画像に写った文字を読んでください
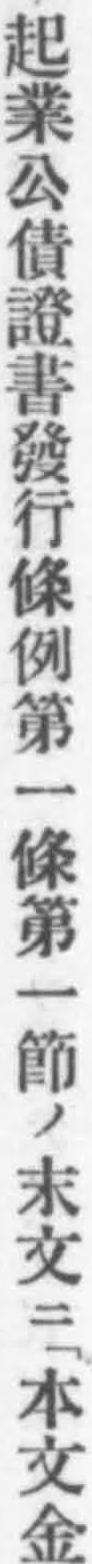
「起業公債證書發行條例第一條第一節ノ末文ニ「本文金」と書いてあります